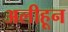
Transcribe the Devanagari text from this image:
अलीहून